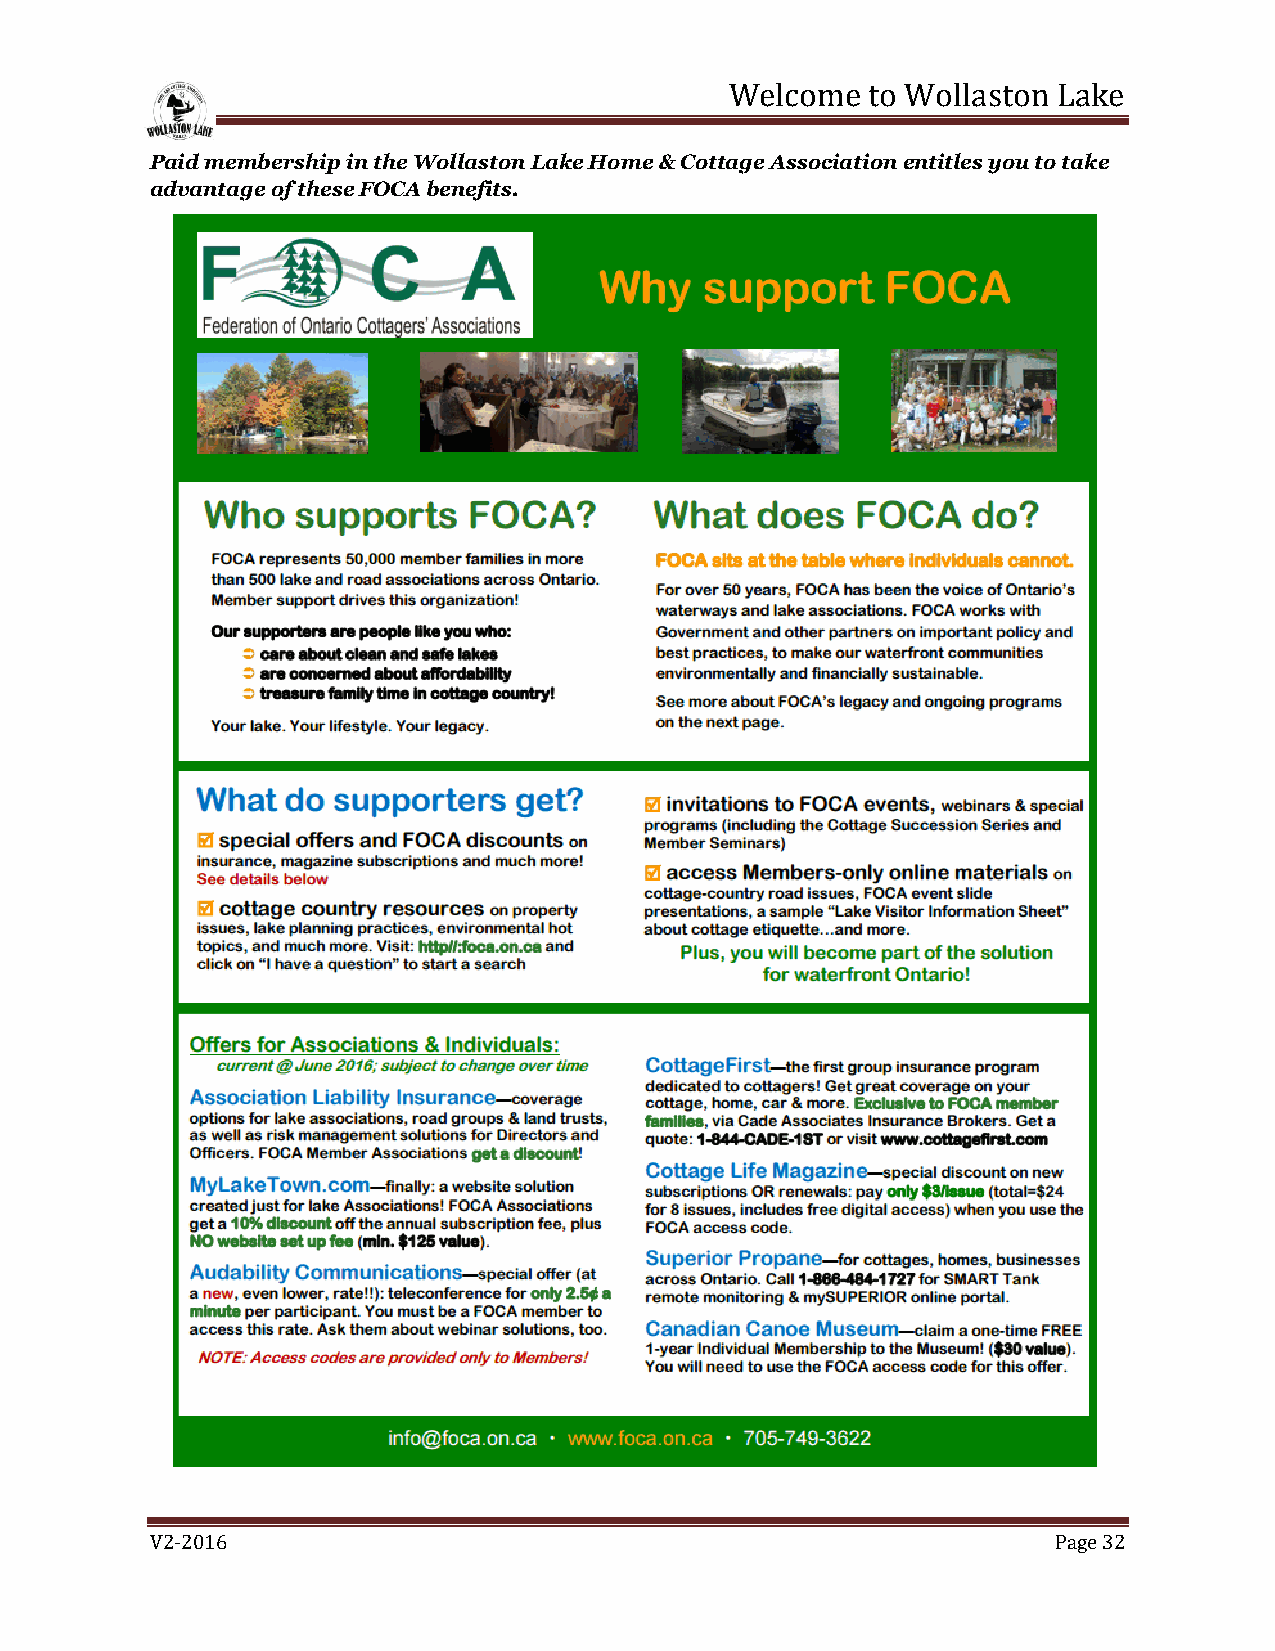
Welcome   to Wollaston Lake
 Paid membership in the Wollaston Lake Home & Cottage Association entitles you to take
 advantage of these FOCA benefits.
 V2-2016                                                     Page 32